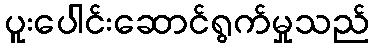
ပူးပေါင်းဆောင်ရွက်မှုသည်